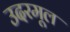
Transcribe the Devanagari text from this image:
उदरमूल